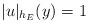
LaTeX: \begin{align*}|u|_{h_E} (y) =1\end{align*}